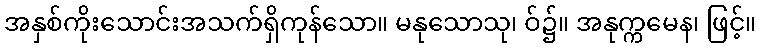
အနှစ်ကိုးသောင်းအသက်ရှိကုန်သော။ မနုသောသု၊ ဝ်၌။ အနုက္ကမေန၊ ဖြင့်။